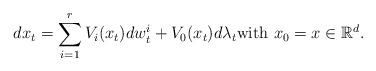
LaTeX: \begin{align*}dx_t = \sum_{i=1}^r V_i ( x_t) dw_t^i + V_0 ( x_t) d\lambda_t\mbox{with $x_0 =x \in {\mathbb R}^d$.}\end{align*}